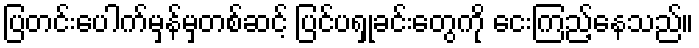
ပြတင်းပေါက်မှန်မှတစ်ဆင့် ပြင်ပရှုခင်းတွေကို ငေးကြည့်နေသည်။